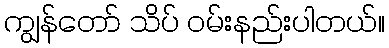
ကျွန်တော် သိပ် ဝမ်းနည်းပါတယ်။